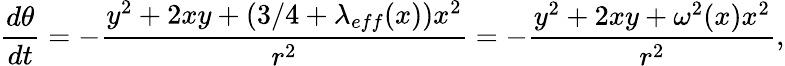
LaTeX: {\frac{d\theta}{dt}}=-{\frac{y^{2}+2xy+(3/4+\lambda_{eff}(x))x^{2}}{r^{2}}}=-{\frac{y^{2}+2xy+\omega^{2}(x)x^{2}}{r^{2}}},